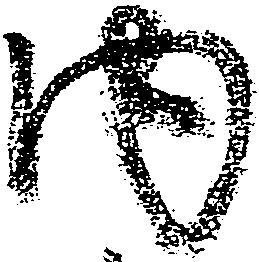
内